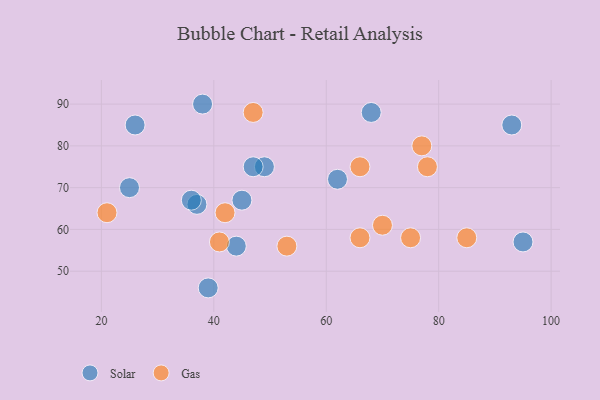
{"axis": {"x": "GDP", "y": "Life Expectancy"}, "legend": ["Gas", "Solar"], "data": [{"x": "44", "y": 56, "type": "Solar"}, {"x": "93", "y": 85, "type": "Solar"}, {"x": "62", "y": 72, "type": "Solar"}, {"x": "45", "y": 67, "type": "Solar"}, {"x": "37", "y": 66, "type": "Solar"}, {"x": "25", "y": 70, "type": "Solar"}, {"x": "95", "y": 57, "type": "Solar"}, {"x": "49", "y": 75, "type": "Solar"}, {"x": "47", "y": 75, "type": "Solar"}, {"x": "36", "y": 67, "type": "Solar"}, {"x": "38", "y": 90, "type": "Solar"}, {"x": "39", "y": 46, "type": "Solar"}, {"x": "26", "y": 85, "type": "Solar"}, {"x": "68", "y": 88, "type": "Solar"}, {"x": "53", "y": 56, "type": "Gas"}, {"x": "66", "y": 75, "type": "Gas"}, {"x": "77", "y": 80, "type": "Gas"}, {"x": "75", "y": 58, "type": "Gas"}, {"x": "66", "y": 58, "type": "Gas"}, {"x": "42", "y": 64, "type": "Gas"}, {"x": "70", "y": 61, "type": "Gas"}, {"x": "47", "y": 88, "type": "Gas"}, {"x": "85", "y": 58, "type": "Gas"}, {"x": "41", "y": 57, "type": "Gas"}, {"x": "78", "y": 75, "type": "Gas"}, {"x": "21", "y": 64, "type": "Gas"}]}